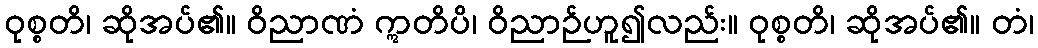
ဝုစ္စတိ၊ ဆိုအပ်၏။ ဝိညာဏံ ဣတိပိ၊ ဝိညာဉ်ဟူ၍လည်း။ ဝုစ္စတိ၊ ဆိုအပ်၏။ တံ၊